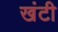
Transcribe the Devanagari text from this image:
खंटी